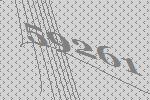
59261